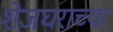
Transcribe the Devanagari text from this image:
शेजघराच्या